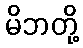
မိဘတို့